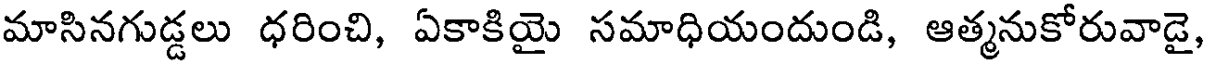
మాసినగుడ్డలు ధరించి, ఏకాకియై సమాధియందుండి, ఆత్మనుకోరువాడై,